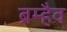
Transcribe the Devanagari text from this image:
ब्रम्हैव